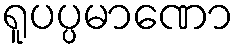
ရူပပ္ပမာဏော